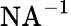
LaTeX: \mathrm{NA}^{-1}